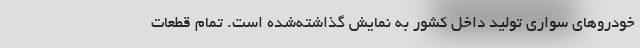
خودروهای سواری تولید داخل کشور به نمایش گذاشته‌شده است. تمام قطعات